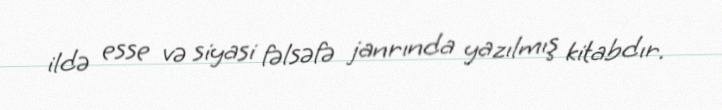
ildə esse və siyasi fəlsəfə janrında yazılmış kitabdır.